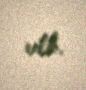
edib.